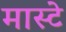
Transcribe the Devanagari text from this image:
मास्टे